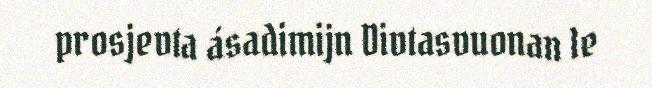
prosjevta ásadimijn Divtasvuonan le